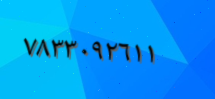
٧٨٣٣٠٩٢٦١١